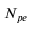
N _ { p e }